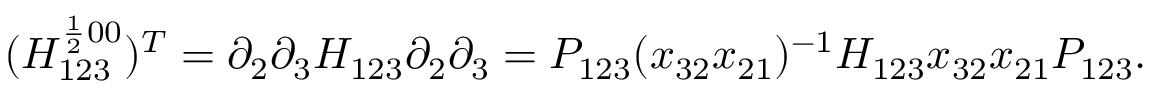
( H _ { 1 2 3 } ^ { \frac { 1 } { 2 } 0 0 } ) ^ { T } = \partial _ { 2 } \partial _ { 3 } H _ { 1 2 3 } \partial _ { 2 } \partial _ { 3 } = { \cal P } _ { 1 2 3 } ( x _ { 3 2 } x _ { 2 1 } ) ^ { - 1 } H _ { 1 2 3 } x _ { 3 2 } x _ { 2 1 } { \cal P } _ { 1 2 3 } .